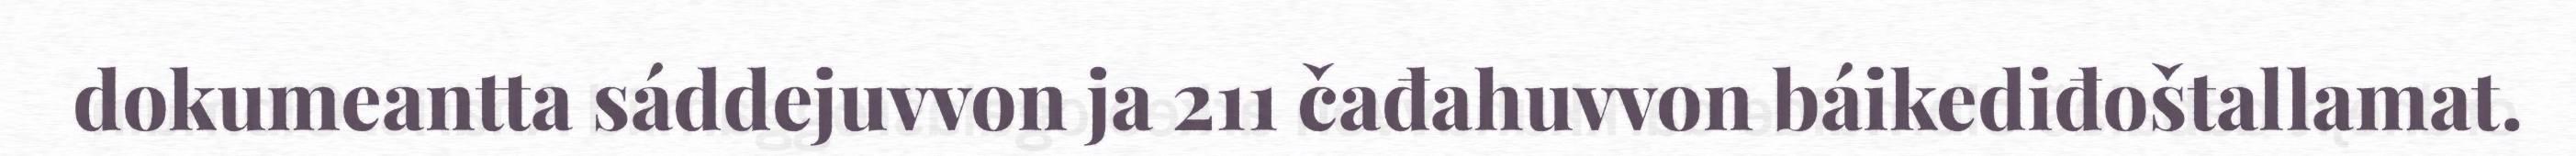
dokumeantta sáddejuvvon ja 211 čađahuvvon báikediđoštallamat.